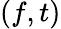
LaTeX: (f,t)